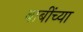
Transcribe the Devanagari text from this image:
बाबींच्‍या